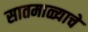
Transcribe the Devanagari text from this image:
सातमाळ्याचे